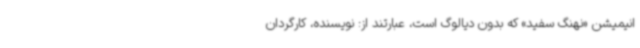
انیمیشن «نهنگ سفید» که بدون دیالوگ است، عبارتند از: نویسنده، کارگردان